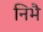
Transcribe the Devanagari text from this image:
निभै